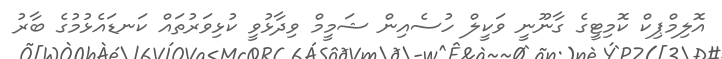
އޮލިމްޕިކް ކޮމިޓީގެ ގާނޫނީ ވަކީލް ހުސެއިން ޝަމީމް ވިދާޅުވީ ކުޅިވަރުތައް ކަނޑައެޅުމުގެ ބާރު